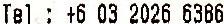
TEL : +6 03 2026 6386